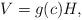
LaTeX: \begin{align*}V = g(c) H,\end{align*}